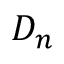
D _ { n }